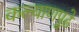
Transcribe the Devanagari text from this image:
कल्याणपुढे